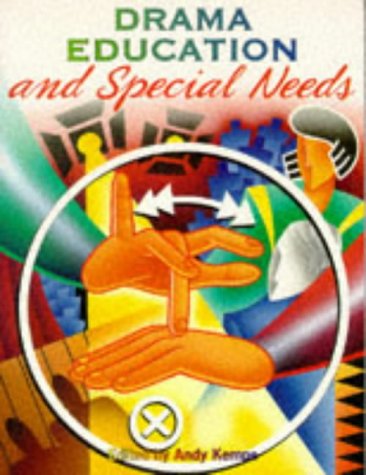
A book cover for Drama Education & Special Needs: A Handbook for Teachers in Mainstream & Special Schools; Health, Fitness & Dieting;